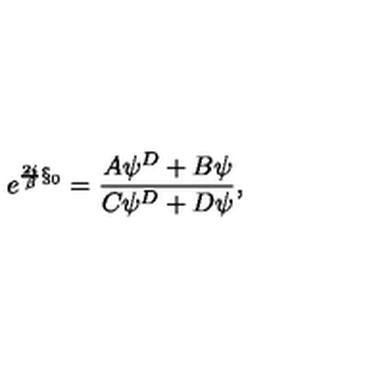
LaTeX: e ^ { { \frac { 2 i } { \beta } } { \S } _ { 0 } } = { \frac { A \psi ^ { D } + B \psi } { C \psi ^ { D } + D \psi } } ,